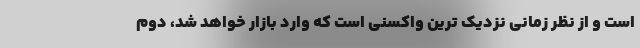
است و از نظر زمانی نزدیک ترین واکسنی است که وارد بازار خواهد شد، دوم